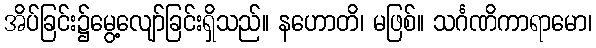
အိပ်ခြင်း၌မွေ့လျော်ခြင်းရှိသည်။ နဟောတိ၊ မဖြစ်။ သင်္ဂဏိကာရာမော၊